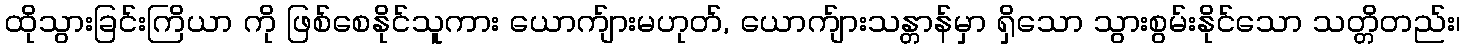
ထိုသွားခြင်းကြိယာ ကို ဖြစ်စေနိုင်သူကား ယောက်ျားမဟုတ်, ယောက်ျားသန္တာန်မှာ ရှိသော သွားစွမ်းနိုင်သော သတ္တိတည်း၊